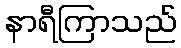
နာရီကြာသည်